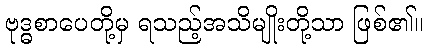
ဗုဒ္ဓစာပေတို့မှ ရသည့်အသိမျိုးတို့သာ ဖြစ်၏။